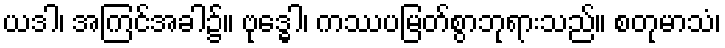
ယဒါ၊ အကြင်အခါ၌။ ဗုဒ္ဓေါ၊ ကဿပမြတ်စွာဘုရားသည်။ စတုမာသံ၊